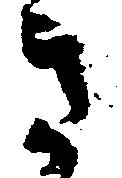
き